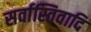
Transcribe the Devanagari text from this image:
सर्वास्तिवादि